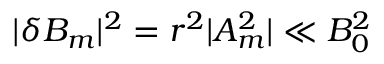
| \delta B _ { m } | ^ { 2 } = r ^ { 2 } | A _ { m } ^ { 2 } | \ll B _ { 0 } ^ { 2 }